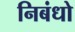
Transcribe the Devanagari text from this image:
निबंधो